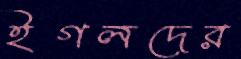
ইগলদের